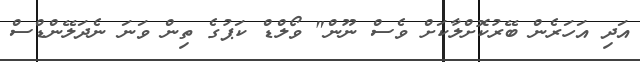
އަދި އަހަރެން ބޭރުކޮށްލާކަށް ވެސް ނޫން" ވޯލްޑް ކަޕުގެ ތިން ވަނަ ނެދަލޭންޑްސް